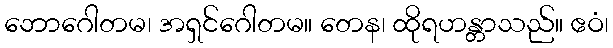
ဘောဂေါတမ၊ အရှင်ဂေါတမ။ တေန၊ ထိုရဟန္တာသည်။ ဧဝံ၊